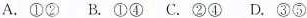
A.①② B.①④ C.②① D.③⑤